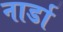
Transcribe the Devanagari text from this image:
नार्डा